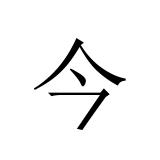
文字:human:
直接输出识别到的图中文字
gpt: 今